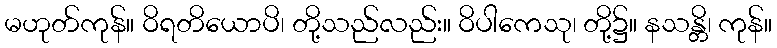
မဟုတ်ကုန်။ ဝိရတိယောပိ၊ တို့သည်လည်း။ ဝိပါကေသု၊ တို့၌။ နသန္တိ၊ ကုန်။